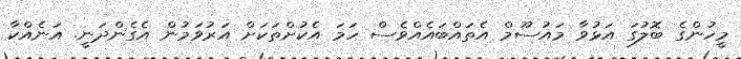
މީހުންގެ ބޮލުގަ އަޅުވާ މައުސޫމް އެތައްބައެއްވެސް ހަމަ އެކުށްތަކަށް އަރުވަމުން އެގެންދަނީ. އަނެއްކާ